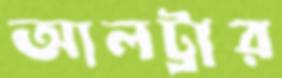
আলট্রার